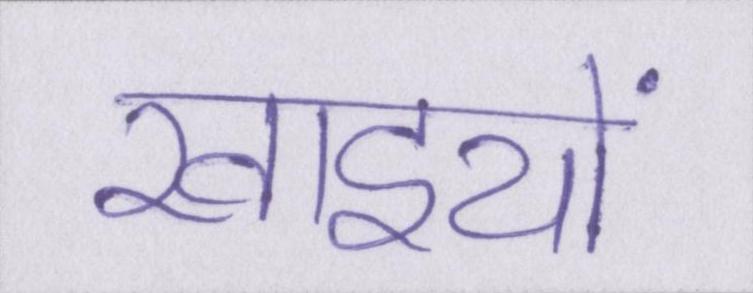
खाइयों